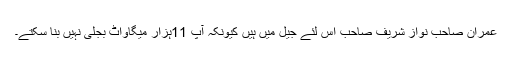
عمران صاحب نواز شریف صاحب اِس لئے جیل میں ہیں کیونکہ آپ 11ہزار میگاواٹ بجلی نہیں بنا سکتے۔